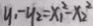
y _ { 1 } - y _ { 2 } = x _ { 1 } ^ { 2 } - x _ { 2 } ^ { 2 }